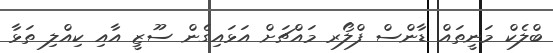
ބްލެކް މަނީތައް ޑާންސް ފްލޯރ މައްޗަށް އަޅައިގެން ސޫޒީ އާއި ކިއްލި ތަޅާ